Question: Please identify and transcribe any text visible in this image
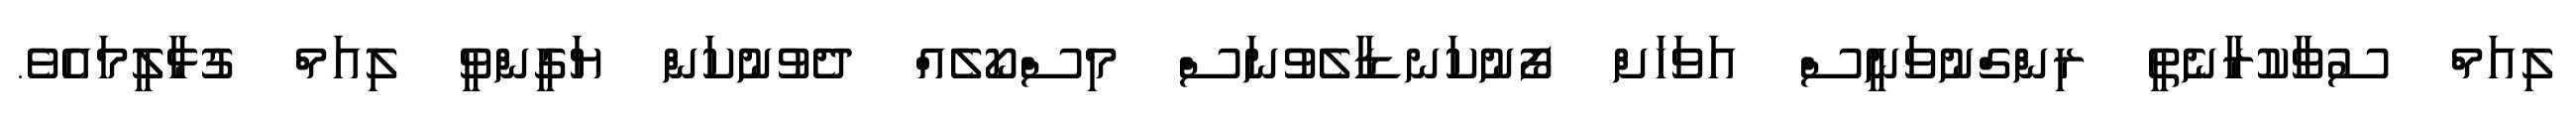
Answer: ލިއަމް ސުވާކުރާނެތީ ރިންގްނުވަނީސް އަވަހަށް ފޯނުކަނޑާލެވުނަސް މިސްކޯލެއް ދެވުނުކަން ޔަގީންވީ ލިއަމް ގުޅާލީމައެވެ.